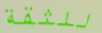
للثقة